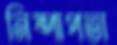
নিষ্পাপতা